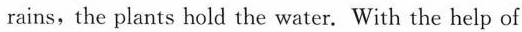
rains,the plants hold the water. With the help of